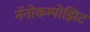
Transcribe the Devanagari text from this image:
नॅनोकम्पोझिट